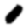
Digit: 0